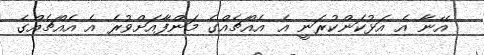
އޭނާ އެ އަޅުކަންކުރަނީ އެ އެއްޗެއްގެ މަންފާއަށްވުރެ އެ އެއްޗެއްގެ